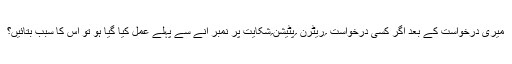
میری درخواست کے بعد اگر کسی درخواست ؍ریٹرن ؍پٹیشن؍شکایت پر نمبر آنے سے پہلے عمل کیا گیا ہو تو اس کا سبب بتائیں؟